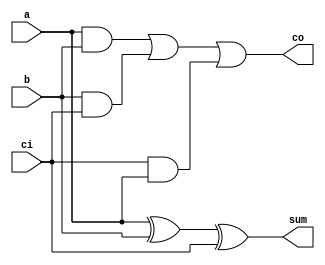
`timescale 1ns / 1ps
//////////////////////////////////////////////////////////////////////////////////
// Company: 
// Engineer: 
// 
// Design Name: 
// Module Name: fusion_unit
// Project Name: 
// Target Devices: 
// Tool Versions: 
// Description: 
// 
// Dependencies: 
// 
// Revision:
// Revision 0.01 - File Created
// Additional Comments:
// 
//////////////////////////////////////////////////////////////////////////////////

//***** Define Full-Adders and Half-Adders *****//
module full_adder(input a, input b, input ci, output sum, output co);
    assign sum = a ^ b ^ ci;
    assign co = (a & b) | (b & ci) | (ci & a);
endmodule

module half_adder(input a, input b, output sum, output co);
    assign sum = a ^ b;
    assign co = a & b;
endmodule

//***** BitBrick Unit or 3x3 Baugh-Wooley Multiplier *****//
module bitbrick(
    input [1:0] x, // 2-bit Inputs
    input [1:0] y,
    input sx, // Control Flag Signals for Signed (1) or Unsigned Input (0)
    input sy,
    output [5:0] p
    );
       
    // Initialize 3-bit Operands (Extend 2-bits Unsigned or create 3-bits Signed)
    wire [2:0] xi, yi;
    assign xi = {(sx & x[1]), x};
    assign yi = {(sy & y[1]), y};
       
    // Multiplier
    wire [2:0] pp0, pp1, pp2; // PPG
    
    // Partial Product Generation (PPG)
    assign pp0 = {~(xi[2] & yi[0]), (xi[1] & yi[0]), (xi[0] & yi[0])};
    assign pp1 = {~(xi[2] & yi[1]), (xi[1] & yi[1]), (xi[0] & yi[1])};
    assign pp2 = {(xi[2] & yi[2]), ~(xi[1] & yi[2]), ~(xi[0] & yi[2])};    
    
    // Partial Product Reduction (PPR) - Following Actual Implementation 
    assign p[0] = pp0[0];  // p[0]
    
    wire HA_p1_co;
    half_adder HA_p1 (.a(pp0[1]), .b(pp1[0]), .sum(p[1]), .co(HA_p1_co)); // p[1]
    
    wire HA_p2_co, FA_p2_co, HA_p2_in;
    full_adder FA_p2 (.a(pp1[1]), .b(pp2[0]), .ci(HA_p1_co), .sum(HA_p2_in), .co(FA_p2_co));
    half_adder HA_p2 (.a(pp0[2]), .b(HA_p2_in), .sum(p[2]), .co(HA_p2_co)); // p[2]
    
    wire HA_p3_co, FA_p3_co, HA_p3_in;
    full_adder FA_p3b (.a(pp1[2]), .b(pp2[1]), .ci(FA_p2_co), .sum(HA_p3_in), .co(FA_p3_co));
    full_adder FA_p3a (.a(HA_p3_in), .b(HA_p2_co), .ci(1'b1), .sum(p[3]), .co(HA_p3_co)); // p[3] + 1'b1 on nth bit
    // half_adder HA_p3 (.a(HA_p3_in), .b(HA_p2_co), .sum(p[3]), .co(HA_p3_co)); // p[3]
    
    wire FA_p4_co, HA_p5_in;
    full_adder FA_p4 (.a(pp2[2]), .b(FA_p3_co), .ci(HA_p3_co), .sum(p[4]), .co(HA_p5_in)); // p[4]
    // full_adder FA_p4 (.a(pp2[2]), .b(FA_p3_co), .ci(HA_p3_co), .sum(p[4]), .co(p[5])); // p[4] & p[5]
        
    assign p[5] = ~(HA_p5_in); // Invert Sign Bit
//    assign p = xi * yi;    
endmodule

module signbit_ctrl (
    input sx, input sy,
    input [3:0] mode,
    output reg [4:1] hh_sx, output reg [4:1] hl_sx, output reg [4:1] lh_sx, output reg [4:1] ll_sx,
    output reg [4:1] hh_sy, output reg [4:1] hl_sy, output reg [4:1] lh_sy, output reg [4:1] ll_sy    
    );
    
    // assign {hh_sx[2:1], hl_sx[2:1]} = {4{sx}};
    // assign {hh_sy[1], hh_sy[3], lh_sy[1], lh_sy[3]} = {4{sy}};

    //** Configuration/Mode Parameters **//    
    localparam _2bx2b = 4'd0; 
    localparam _4bx4b = 4'd1; 
    localparam _8bx8b = 4'd2;                   

    // Assign BitBricks that are always connected to the signed/unsigned control signals (Default: 8bx8b Mode)
    always@(*) begin
        {hh_sx[2:1], hl_sx[2:1]} = {4{sx}};
        {hh_sy[1], hh_sy[3], lh_sy[1], lh_sy[3]} = {4{sy}};
    end

    //** Control Signal for Input Activations (sx) **//
    always@(*) begin
        case(mode)
            _2bx2b: begin
                {hh_sx[4:3], hl_sx[4:3]} = {4{sx}};
                {lh_sx[4:1], ll_sx[4:1]} = {8{sx}};
            end

            _4bx4b: begin
                {hh_sx[4:3], hl_sx[4:3]} = {4{sx}};
                {lh_sx[4:1], ll_sx[4:1]} = 8'b0;
            end

            default: begin
                {hh_sx[4:3], hl_sx[4:3]} = 4'b0;
                {lh_sx[4:1], ll_sx[4:1]} = 8'b0;
            end
        endcase
    end

    //** Control Signal for Input Weights (sy) **//
    always@(*) begin
        case(mode)
            _2bx2b: begin
                {hh_sy[2], hh_sy[4]} = {2{sy}};
                hl_sy[4:1] = {4{sy}};
                {lh_sy[2], lh_sy[4]} = {2{sy}};
                ll_sy[4:1] = {4{sy}};               
            end

            _4bx4b: begin
                {hh_sy[2], hh_sy[4]} = {2{sy}};
                hl_sy[4:1] = 4'b0;
                {lh_sy[2], lh_sy[4]} = {2{sy}};
                ll_sy[4:1] = 4'b0;                
            end

            default: begin
                {hh_sy[2], hh_sy[4]} = 2'b0;
                hl_sy[4:1] = 4'b0;
                {lh_sy[2], lh_sy[4]} = 2'b0;
                ll_sy[4:1] = 4'b0;                
            end
        endcase
    end

endmodule

//***** Top-Level Merged Fusion Unit *****//
module mfu (
    input [7:0] x,
    input [7:0] y,
    input sx,
    input sy,
    input [3:0] mode,
    input clk,
    input en,
    input nrst,

    // output reg [63:0] product, // Sum Apart (SA)
    // output reg [127:0] sum // Sum Apart (SA)

    output reg [15:0] product, // Sum Together (ST)
    output reg [19:0] sum // Sum Together (ST)
    );

    //** Configuration/Mode Parameters **//    
    localparam _2bx2b = 4'd0; 
    localparam _4bx4b = 4'd1; 
    localparam _8bx8b = 4'd2;                   
                                                   
    //** Decomposition of 8bx8b input into four 4bx4b inputs or into 2bx2b inputs **//
    wire [3:0] xh, xl, yh, yl;
    assign xh = x[7:4]; assign xl = x[3:0];
    assign yh = y[7:4]; assign yl = y[3:0];   

    // Instantiate four bitbricks (BB) inside the fusion unit (FU) to handle 4b x 4b Multiplication 
    // Create 4 blocks of 4b x 4b BB to handle 8b x 8b
    // Notation: bb_xy_z where x and y represent positions of either high or low half and z as the block number
    // M = N = 8, n = m = 4

    // Control Signals (sx, sy, mode) Logic:
    // * By default, sx and sy are mapped to the 8bx8b datapath. For lower-precision modes, such as 4bx4b, the signed/unsigned
    //   signals are only used on the BitBricks that contain the MSB of the input operands.
    // * Otherwise, it checks on the respective BitBricks for the current mode (==) AND the current sign-bit (sx,sy)

    // Instantiate controller:
    wire [4:1] hh_sx, hl_sx, lh_sx, ll_sx, hh_sy, hl_sy, lh_sy, ll_sy;
    signbit_ctrl sign_ctrl(.sx(sx), .sy(sy), .mode(mode), 
                           .hh_sx(hh_sx), .hl_sx(hl_sx), .lh_sx(lh_sx), .ll_sx(ll_sx), 
                           .hh_sy(hh_sy), .hl_sy(hl_sy), .lh_sy(lh_sy), .ll_sy(ll_sy));

    // eg. sx on the BitBrick with all MSBs in the 8bx8b datapath would not be triggered as signed input unless
    //     the current mode is 2bx2b and sx = 1 which implies that all the 2-bit inputs across all (16) BitBricks
    //     will be processed as signed inputs.
    
    //****************** Block 1 = High-High, x[7:4] * y[7:4] ******************//
    wire [5:0] pp_hh_1, pp_hl_1, pp_lh_1, pp_ll_1;
    bitbrick bb_hh_1(.x(xh[3:2]), .y(yh[3:2]), .p(pp_hh_1), .sx(hh_sx[1]), .sy(hh_sy[1]));    
    bitbrick bb_hl_1(.x(xh[3:2]), .y(yh[1:0]), .p(pp_hl_1), .sx(hl_sx[1]), .sy(hl_sy[1]));    
    bitbrick bb_lh_1(.x(xh[1:0]), .y(yh[3:2]), .p(pp_lh_1), .sx(lh_sx[1]), .sy(lh_sy[1]));    
    bitbrick bb_ll_1(.x(xh[1:0]), .y(yh[1:0]), .p(pp_ll_1), .sx(ll_sx[1]), .sy(ll_sy[1]));    
    
    wire [7:0] pp_hh;
    // assign pp_hh = (pp_ll_1 + {pp_hl_1, 2'b0} + {pp_lh_1, 2'b0} + {pp_hh_1, 4'b0});
    assign pp_hh = {pp_hh_1, pp_ll_1[3:0]} + {(pp_hl_1 + pp_lh_1), 2'b00}; // Merge + Add-Shift    

    //******************  Block 2 = High-Low, x[7:4] * y[3:0] ******************//
    wire [5:0] pp_hh_2, pp_hl_2, pp_lh_2, pp_ll_2;
    bitbrick bb_hh_2(.x(xh[3:2]), .y(yl[3:2]), .p(pp_hh_2), .sx(hh_sx[2]), .sy(hh_sy[2]));    
    bitbrick bb_hl_2(.x(xh[3:2]), .y(yl[1:0]), .p(pp_hl_2), .sx(hl_sx[2]), .sy(hl_sy[2]));    
    bitbrick bb_lh_2(.x(xh[1:0]), .y(yl[3:2]), .p(pp_lh_2), .sx(lh_sx[2]), .sy(lh_sy[2]));    
    bitbrick bb_ll_2(.x(xh[1:0]), .y(yl[1:0]), .p(pp_ll_2), .sx(ll_sx[2]), .sy(ll_sy[2]));    
    
    wire [7:0] pp_hl;
    // assign pp_hl = (pp_ll_2 + {pp_hl_2, 2'b0} + {pp_lh_2, 2'b0} + {pp_hh_2, 4'b0});
    assign pp_hl = {pp_hh_2, pp_ll_2[3:0]} + {(pp_hl_2 + pp_lh_2), 2'b00}; // Merge + Add-Shift   


    //******************  Block 3 = Low-High, x[3:0] * y[7:4] ******************//
    wire [5:0] pp_hh_3, pp_hl_3, pp_lh_3, pp_ll_3;
    bitbrick bb_hh_3(.x(xl[3:2]), .y(yh[3:2]), .p(pp_hh_3), .sx(hh_sx[3]), .sy(hh_sy[3]));    
    bitbrick bb_hl_3(.x(xl[3:2]), .y(yh[1:0]), .p(pp_hl_3), .sx(hl_sx[3]), .sy(hl_sy[3]));    
    bitbrick bb_lh_3(.x(xl[1:0]), .y(yh[3:2]), .p(pp_lh_3), .sx(lh_sx[3]), .sy(lh_sy[3]));    
    bitbrick bb_ll_3(.x(xl[1:0]), .y(yh[1:0]), .p(pp_ll_3), .sx(ll_sx[3]), .sy(ll_sy[3]));    
    
    wire [7:0] pp_lh;
    // assign pp_lh = (pp_ll_3 + {pp_hl_3, 2'b0} + {pp_lh_3, 2'b0} + {pp_hh_3, 4'b0});  
    assign pp_lh = {pp_hh_3, pp_ll_3[3:0]} + {(pp_hl_3 + pp_lh_3), 2'b00}; // Merge + Add-Shift   

    
    //******************  Block 4 = Low-Low, x[3:0] * y[3:0] ******************//
    wire [5:0] pp_hh_4, pp_hl_4, pp_lh_4, pp_ll_4;
    bitbrick bb_hh_4(.x(xl[3:2]), .y(yl[3:2]), .p(pp_hh_4), .sx(hh_sx[4]), .sy(hh_sy[4]));    
    bitbrick bb_hl_4(.x(xl[3:2]), .y(yl[1:0]), .p(pp_hl_4), .sx(hl_sx[4]), .sy(hl_sy[4]));    
    bitbrick bb_lh_4(.x(xl[1:0]), .y(yl[3:2]), .p(pp_lh_4), .sx(lh_sx[4]), .sy(lh_sy[4]));    
    bitbrick bb_ll_4(.x(xl[1:0]), .y(yl[1:0]), .p(pp_ll_4), .sx(ll_sx[4]), .sy(ll_sy[4]));    
    
    wire [7:0] pp_ll;
    // assign pp_ll = (pp_ll_4 + {pp_hl_4, 2'b0} + {pp_lh_4, 2'b0} + {pp_hh_4, 4'b0});    
    assign pp_ll = {pp_hh_4, pp_ll_4[3:0]} + {(pp_hl_4 + pp_lh_4), 2'b00}; // Merge + Add-Shift       

    //** Output Product Mapping based on chosen mode **//

    //--------------- Sum Apart Logic (SA) ---------------//
    // always@(*) begin
    //     case(mode)
    //         _8bx8b: begin
    //             // Signed-Bit Extension for pp_hl and pp_lh depending on sx and sy
    //             product[15:0] = {{8{1'b0}}, pp_ll} + {{4{(pp_lh[7] & sy)}}, pp_lh, 4'b0} + {{4{(pp_hl[7] & sx)}}, pp_hl, 4'b0} + {pp_hh, 8'b0};
    //             product[63:16] = 0;
    //         end
            
    //         _4bx4b: begin
    //             // Must map 4x8b BitBrick products to 64-bit output product register
    //             product[31:0] = {pp_hh, pp_hl, pp_lh, pp_ll};         
    //             product[63:32] = 0; 
    //         end
            
    //         _2bx2b: begin
    //             // Must map 16x4b BitBrick products to 64-bit output product register
    //             product = {pp_hh_1[3:0], pp_hl_1[3:0], pp_lh_1[3:0], pp_ll_1[3:0], 
    //                        pp_hh_2[3:0], pp_hl_2[3:0], pp_lh_2[3:0], pp_ll_2[3:0], 
    //                        pp_hh_3[3:0], pp_hl_3[3:0], pp_lh_3[3:0], pp_ll_3[3:0], 
    //                        pp_hh_4[3:0], pp_hl_4[3:0], pp_lh_4[3:0], pp_ll_4[3:0]};
    //         end

    //         default: product = 0;
    //     endcase
    // end 

    //--------------- Sum Together Logic (ST) ---------------//
    always@(*) begin
        case(mode)
            _8bx8b: begin
                // Sign-Bit Extension to 16-bits for BB Cluster 8-bit Products
                product[15:0] = {{8{1'b0}}, pp_ll} + {{4{(pp_lh[7] & sy)}}, pp_lh, 4'b0} + {{4{(pp_hl[7] & sx)}}, pp_hl, 4'b0} + {pp_hh, 8'b0};
            end

            _4bx4b: begin
                // Sign-Bit Extension to 10-bits for BB Cluster 8-bit Products
                // product[9:0] = ({{2{pp_hh[7]}}, pp_hh} + {{2{pp_hl[7]}}, pp_hl} + {{2{pp_lh[7]}}, pp_lh} + {{2{pp_ll[7]}}, pp_ll});
                // product[15:10] = 0;
                product[15:6] = ({{2{pp_hh[7]}}, pp_hh} + {{2{pp_hl[7]}}, pp_hl} + {{2{pp_lh[7]}}, pp_lh} + {{2{pp_ll[7]}}, pp_ll});
                product[5:0] = 0;                
            end

            _2bx2b: begin
                // Sign-Bit Extension to 8-bits for 6-bit BB Products
                // product[7:0] = {{2{pp_hh_1[5]}}, pp_hh_1} + {{2{pp_hl_1[5]}}, pp_hl_1} + {{2{pp_lh_1[5]}}, pp_lh_1} + {{2{pp_ll_1[5]}}, pp_ll_1} +
                //                {{2{pp_hh_2[5]}}, pp_hh_2} + {{2{pp_hl_2[5]}}, pp_hl_2} + {{2{pp_lh_2[5]}}, pp_lh_2} + {{2{pp_ll_2[5]}}, pp_ll_2} +
                //                {{2{pp_hh_3[5]}}, pp_hh_3} + {{2{pp_hl_3[5]}}, pp_hl_3} + {{2{pp_lh_3[5]}}, pp_lh_3} + {{2{pp_ll_3[5]}}, pp_ll_3} +
                //                {{2{pp_hh_4[5]}}, pp_hh_4} + {{2{pp_hl_4[5]}}, pp_hl_4} + {{2{pp_lh_4[5]}}, pp_lh_4} + {{2{pp_ll_4[5]}}, pp_ll_4};
                // product[15:8] = 0;
                product[15:8] = {{2{pp_hh_1[5]}}, pp_hh_1} + {{2{pp_hl_1[5]}}, pp_hl_1} + {{2{pp_lh_1[5]}}, pp_lh_1} + {{2{pp_ll_1[5]}}, pp_ll_1} +
                               {{2{pp_hh_2[5]}}, pp_hh_2} + {{2{pp_hl_2[5]}}, pp_hl_2} + {{2{pp_lh_2[5]}}, pp_lh_2} + {{2{pp_ll_2[5]}}, pp_ll_2} +
                               {{2{pp_hh_3[5]}}, pp_hh_3} + {{2{pp_hl_3[5]}}, pp_hl_3} + {{2{pp_lh_3[5]}}, pp_lh_3} + {{2{pp_ll_3[5]}}, pp_ll_3} +
                               {{2{pp_hh_4[5]}}, pp_hh_4} + {{2{pp_hl_4[5]}}, pp_hl_4} + {{2{pp_lh_4[5]}}, pp_lh_4} + {{2{pp_ll_4[5]}}, pp_ll_4};
                product[7:0] = 0;                
            end

            default: product = 0;
        endcase
    end

    //** Output Accumulator Mapping based on chosen mode **//

    // Create buffer to check when precision mode changes for resetting sum/accumulator
    reg [3:0] mode_buffer; 
    always@(posedge clk) begin
        if(!nrst) begin
            mode_buffer <= 4'd15;
        end else begin
            mode_buffer <= mode; 
        end
    end

    //--------------- Sum Apart Logic (SA) ---------------//
    // always@(posedge clk) begin
    //     if (!nrst) begin
    //         sum <= 0;
    //     end else begin
    //         // Empty the sum when switching modes
    //         if (mode != mode_buffer) begin 
    //             // Check if the MAC Engine is in idle and the precision mode changes
    //             sum <= 0;
    //         end else begin
    //             // Otherwise, proceed with scaled accumulate operation if enabled
    //             if(en) begin
    //                 case(mode)
    //                     _8bx8b: begin
    //                         // Extend sign bit of 16-bit product in 8bx8b mode then accumulated to fit 20-bit sum when adding
    //                         sum[19:0] <= (sum[19:0] + {{4{product[15]}}, product[15:0]});                    
    //                         sum[127:20] <= 0;
    //                     end

    //                     _4bx4b: begin
    //                         // Map the 32-bit product register (4x8b products) to fit 4x12b = 48-bit sum w/ sign extend to 12b
    //                         sum[11:0] <= (sum[11:0] + {{4{product[7]}}, product[7:0]});
    //                         sum[23:12] <= (sum[23:12] + {{4{product[15]}}, product[15:8]});
    //                         sum[35:24] <= (sum[35:24] + {{4{product[23]}}, product[23:16]});
    //                         sum[47:36] <= (sum[47:36] + {{4{product[31]}}, product[31:24]});
    //                         sum[127:48] <= 0;
    //                     end

    //                     _2bx2b: begin
    //                         // Map the 64-bit product register (16x4b products) to fit 16x8b = 128-bit sum w/ sign extend to 8b
    //                         sum[7:0] <= (sum[7:0] + {{4{product[3]}}, product[3:0]});
    //                         sum[15:8] <= (sum[15:8] + {{4{product[7]}}, product[7:4]});
    //                         sum[23:16] <= (sum[23:16] + {{4{product[11]}}, product[11:8]});
    //                         sum[31:24] <= (sum[31:24] + {{4{product[15]}}, product[15:12]});
    //                         sum[39:32] <= (sum[39:32] + {{4{product[19]}}, product[19:16]});
    //                         sum[47:40] <= (sum[47:40] + {{4{product[23]}}, product[23:20]});
    //                         sum[55:48] <= (sum[55:48] + {{4{product[27]}}, product[27:24]});
    //                         sum[63:56] <= (sum[63:56] + {{4{product[31]}}, product[31:28]});
    //                         sum[71:64] <= (sum[71:64] + {{4{product[35]}}, product[35:32]}); //
    //                         sum[79:72] <= (sum[79:72] + {{4{product[39]}}, product[39:36]});
    //                         sum[87:80] <= (sum[87:80] + {{4{product[43]}}, product[43:40]}); //
    //                         sum[95:88] <= (sum[95:88] + {{4{product[47]}}, product[47:44]}); //
    //                         sum[103:96] <= (sum[103:96] + {{4{product[51]}}, product[51:48]});
    //                         sum[111:104] <= (sum[111:104] + {{4{product[55]}}, product[55:52]});
    //                         sum[119:112] <= (sum[119:112] + {{4{product[59]}}, product[59:56]}); //
    //                         sum[127:120] <= (sum[127:120] + {{4{product[63]}}, product[63:60]}); //                        
    //                     end

    //                     default: sum <= 0;
    //                 endcase
    //             end
    //         end
    //     end
    // end    

    //--------------- Sum Together Logic (ST) ---------------//
    always@(posedge clk) begin
        if (!nrst) begin
            sum <= 0;
        end else begin
            // Empty the sum when switching modes
            if (mode != mode_buffer) begin 
                // Check if the MAC Engine is in idle and the precision mode changes
                sum <= 0;
            end else begin
                // Otherwise, proceed with scaled accumulate operation if enabled
                if(en) begin
                    case(mode)
                        _8bx8b: begin
                            // Extend sign bit of 16-bit product in 8bx8b mode then accumulated to fit 20-bit sum when adding
                            sum[19:0] <= (sum[19:0] + {{4{product[15]}}, product[15:0]});                    
                        end

                        _4bx4b: begin
                            // Extend the sign bit of the 10-bit "product" (and sums) in 4bx4b mode to fit 12-bit sum when adding
                            // sum[11:0] <= (sum[11:0] + {{2{product[9]}}, product[9:0]});
                            // sum[19:12] <= 0;
                            sum[19:8] <= (sum[19:8] + {{2{product[15]}}, product[15:6]});
                            sum[7:0] <= 0;                            
                        end

                        _2bx2b: begin
                            // Extend the sign bit of the 8-bit "product" (and sums) in 2bx2b mode to fit 10-bit sum when adding
                            // sum[9:0] <= (sum[9:0] + {{2{product[7]}}, product[7:0]});
                            // sum[19:10] <= 0;
                            sum[19:10] <= (sum[19:10] + {{2{product[15]}}, product[15:8]});
                            sum[9:0] <= 0;
                        end                
 
                        default: sum <= 0;
                    endcase
                end
            end
        end
    end    
       
endmodule